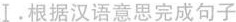
Ⅰ。根据汉语意思完成句子